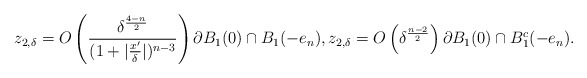
\begin{align*}z_{2,\delta}= O\left(\frac{\delta^\frac{4-n}{2}}{(1+|\frac{x'}{\delta}|)^{n-3}}\right) \partial B_1(0)\cap B_1(-e_n),z_{2,\delta}= O\left(\delta^\frac{n-2}{2}\right) \partial B_1(0) \cap B_1^c(-e_n).\end{align*}